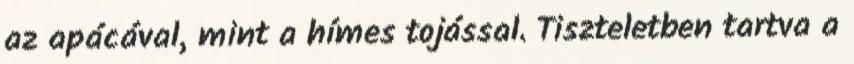
az apácával, mint a hímes tojással. Tiszteletben tartva a